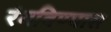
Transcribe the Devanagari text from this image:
रंगविण्यास